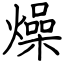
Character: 燥